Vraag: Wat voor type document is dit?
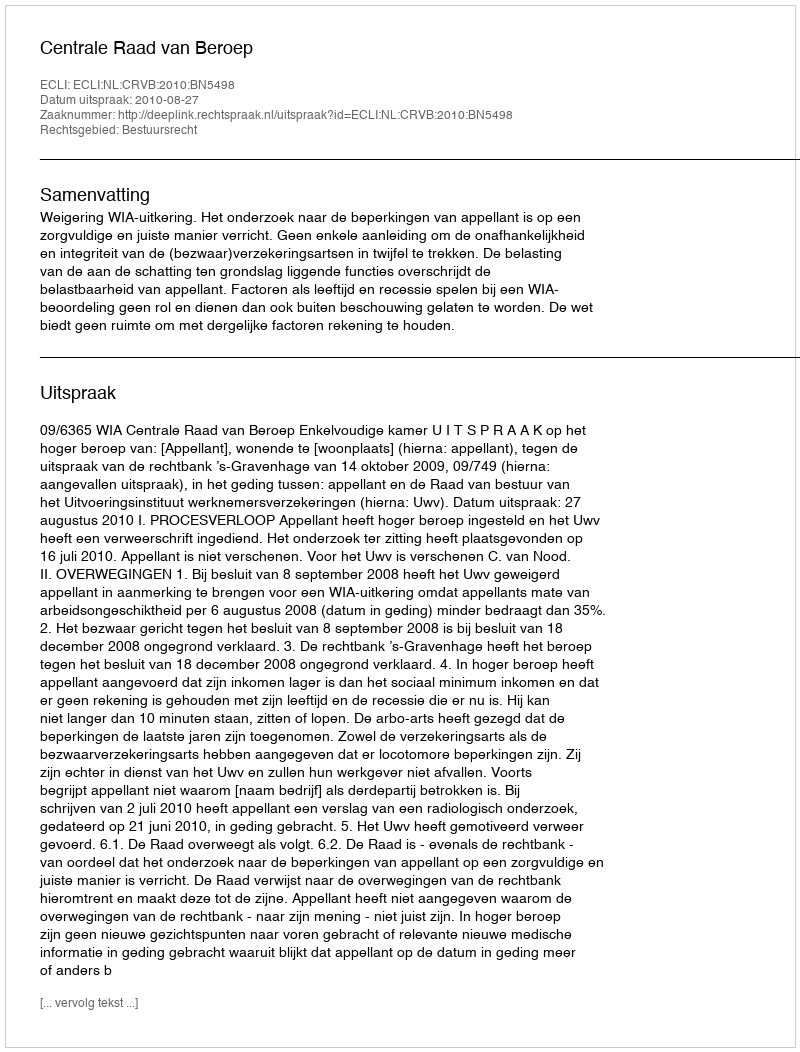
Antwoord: Uitspraak